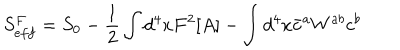
S _ { e f f } ^ { F } = S _ { 0 } - \frac { 1 } { 2 } \int d ^ { 4 } x F ^ { 2 } [ A ] - \int d ^ { 4 } x \bar { c } ^ { a } W ^ { a b } c ^ { b }